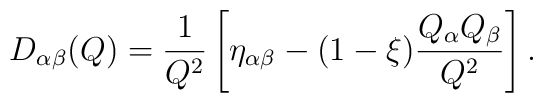
D_{\alpha\beta}(Q)=\frac{1}{Q^2}\left[\eta_{\alpha\beta}-(1-\xi)\frac{Q_\alpha Q_\beta}{Q^2}\right] .